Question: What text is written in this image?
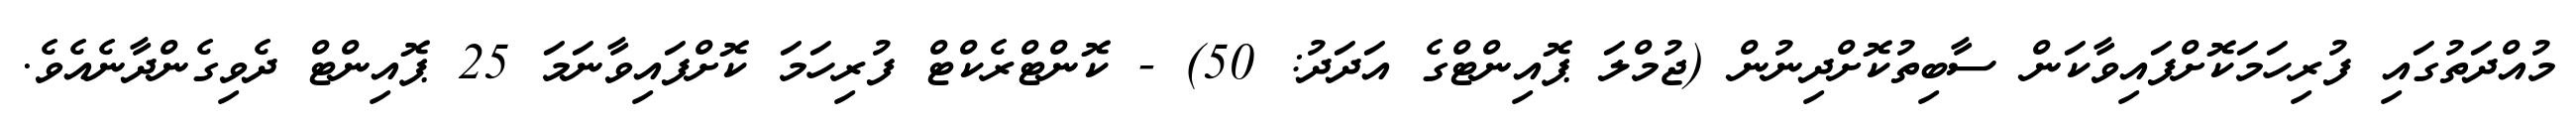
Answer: މުއްދަތުގައި ފުރިހަމަކޮށްފައިވާކަން ސާބިތުކޮށްދިނުން (ޖުމްލަ ޕޮއިންޓްގެ އަދަދު: 50) - ކޮންޓްރެކްޓް ފުރިހަމަ ކޮށްފައިވާނަމަ 25 ޕޮއިންޓް ދެވިގެންދާނެއެވެ.